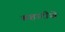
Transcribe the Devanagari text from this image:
बहारीचे